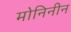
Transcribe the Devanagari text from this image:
मोनिनीन